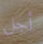
أجل